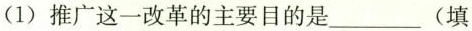
(1) 推广这一改革的主要目的是___ (填